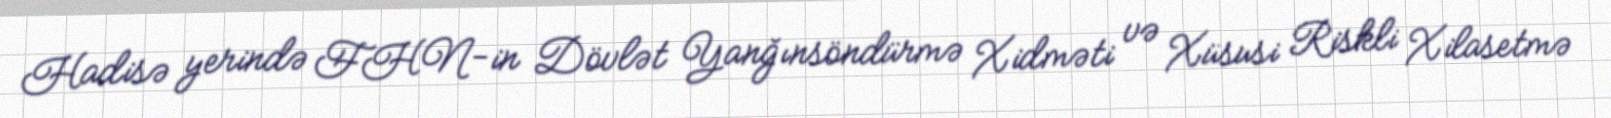
Hadisə yerində FHN-in Dövlət Yanğınsöndürmə Xidməti və Xüsusi Riskli Xilasetmə